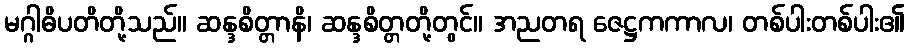
မဂ္ဂါဓိပတိတို့သည်။ ဆန္ဒစိတ္တာနိ၊ ဆန္ဒစိတ္တတို့တွင်။ အညတရ ဇေဋ္ဌကကာလ၊ တစ်ပါးတစ်ပါး၏